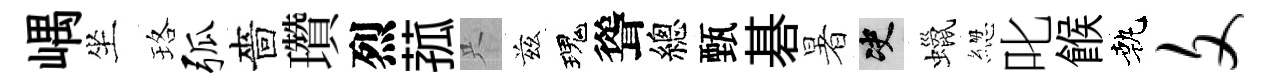
嵎坐珞弧嗇瓚烈菰只兹瑰聳總甄碁暑决蠟緫叱餱執文